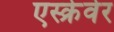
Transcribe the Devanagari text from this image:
एस्क्रेवेर